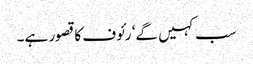
سب کہیں گے‘ رئوف کا قصور ہے۔